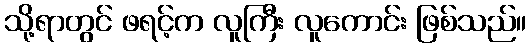
သို့ရာတွင် ဖရင့်က လူကြီး လူကောင်း ဖြစ်သည်။